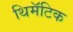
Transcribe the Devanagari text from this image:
थिमॅटिक